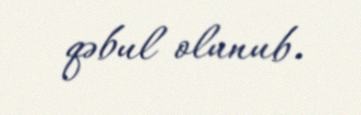
qəbul olunub.